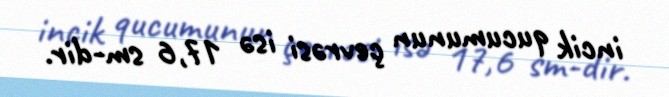
incik qucumunun çevrəsi isə 17,6 sm-dir.